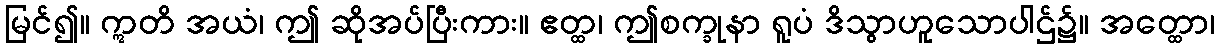
မြင်၍။ ဣတိ အယံ၊ ဤ ဆိုအပ်ပြီးကား။ ဧတ္ထ၊ ဤစက္ခုနာ ရူပံ ဒိသွာဟူသောပါဌ်၌။ အတ္ထော၊